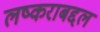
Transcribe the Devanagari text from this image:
लष्कराबद्दल